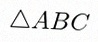
\triangle ABC